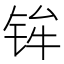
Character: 𫓴